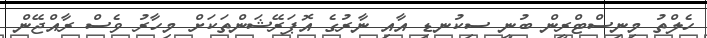
ހެލްތު މިނިސްޓްރީން ބުނީ ސިކުނޑި އާއި ނާރުގެ އޮޕަރޭޝަންތަކަށް މިހާރު ވެސް ރާއްޖޭން